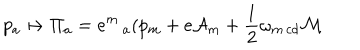
p _ { a } \mapsto \Pi _ { a } = e ^ { m } \, _ { a } ( p _ { m } + e { \cal A } _ { m } + \frac 1 2 \omega _ { m \, c d } { \cal M }